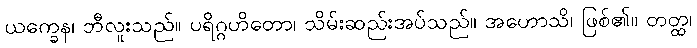
ယက္ခေန၊ ဘီလူးသည်။ ပရိဂ္ဂဟိတော၊ သိမ်းဆည်းအပ်သည်။ အဟောသိ၊ ဖြစ်၏။ တတ္ထ၊